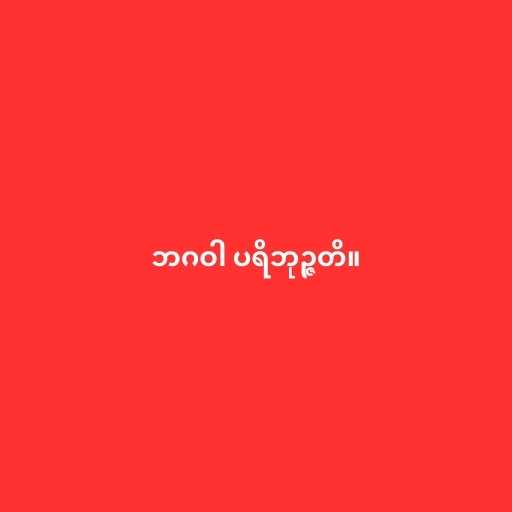
ဘဂဝါ ပရိဘုဉ္ဇတိ။